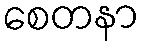
စေတနာ